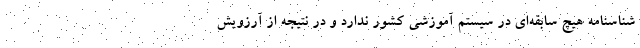
شناسنامه هیچ سابقه‌ای در سیستم آموزشی کشور ندارد و در نتیجه از آرزویش